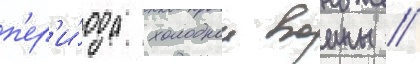
п'ер'и́ода холоднои воины /